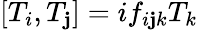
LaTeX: \left[T_{i},T_{\mathbf{j}}\right]=if_{i\mathbf{j}k}T_{k}